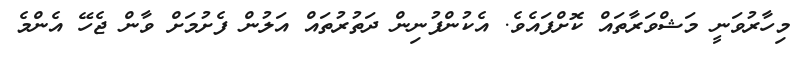
މިހާރުވަނީ މަޝްވަރާތައް ކޮށްފައެެވެ. އެކުންފުނިން ދަތުރުތައް އަލުން ފެށުމަށް ވާން ޖެހޭ އެންމެ